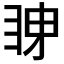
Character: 𭻋